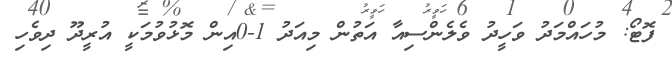
ފޮޓޯ: މުހައްމަދު ވަހީދު ވެލެންސިއާ އަތުން މިއަދު 1-0އިން މޮޅުވުމަކީ އުރީދޫ ދިވެހި